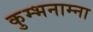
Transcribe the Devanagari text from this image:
कुम्भनाम्ना